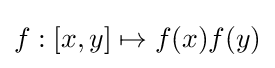
f:[x,y]\mapsto f(x)f(y)